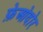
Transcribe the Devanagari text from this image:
फ़ेओदोर